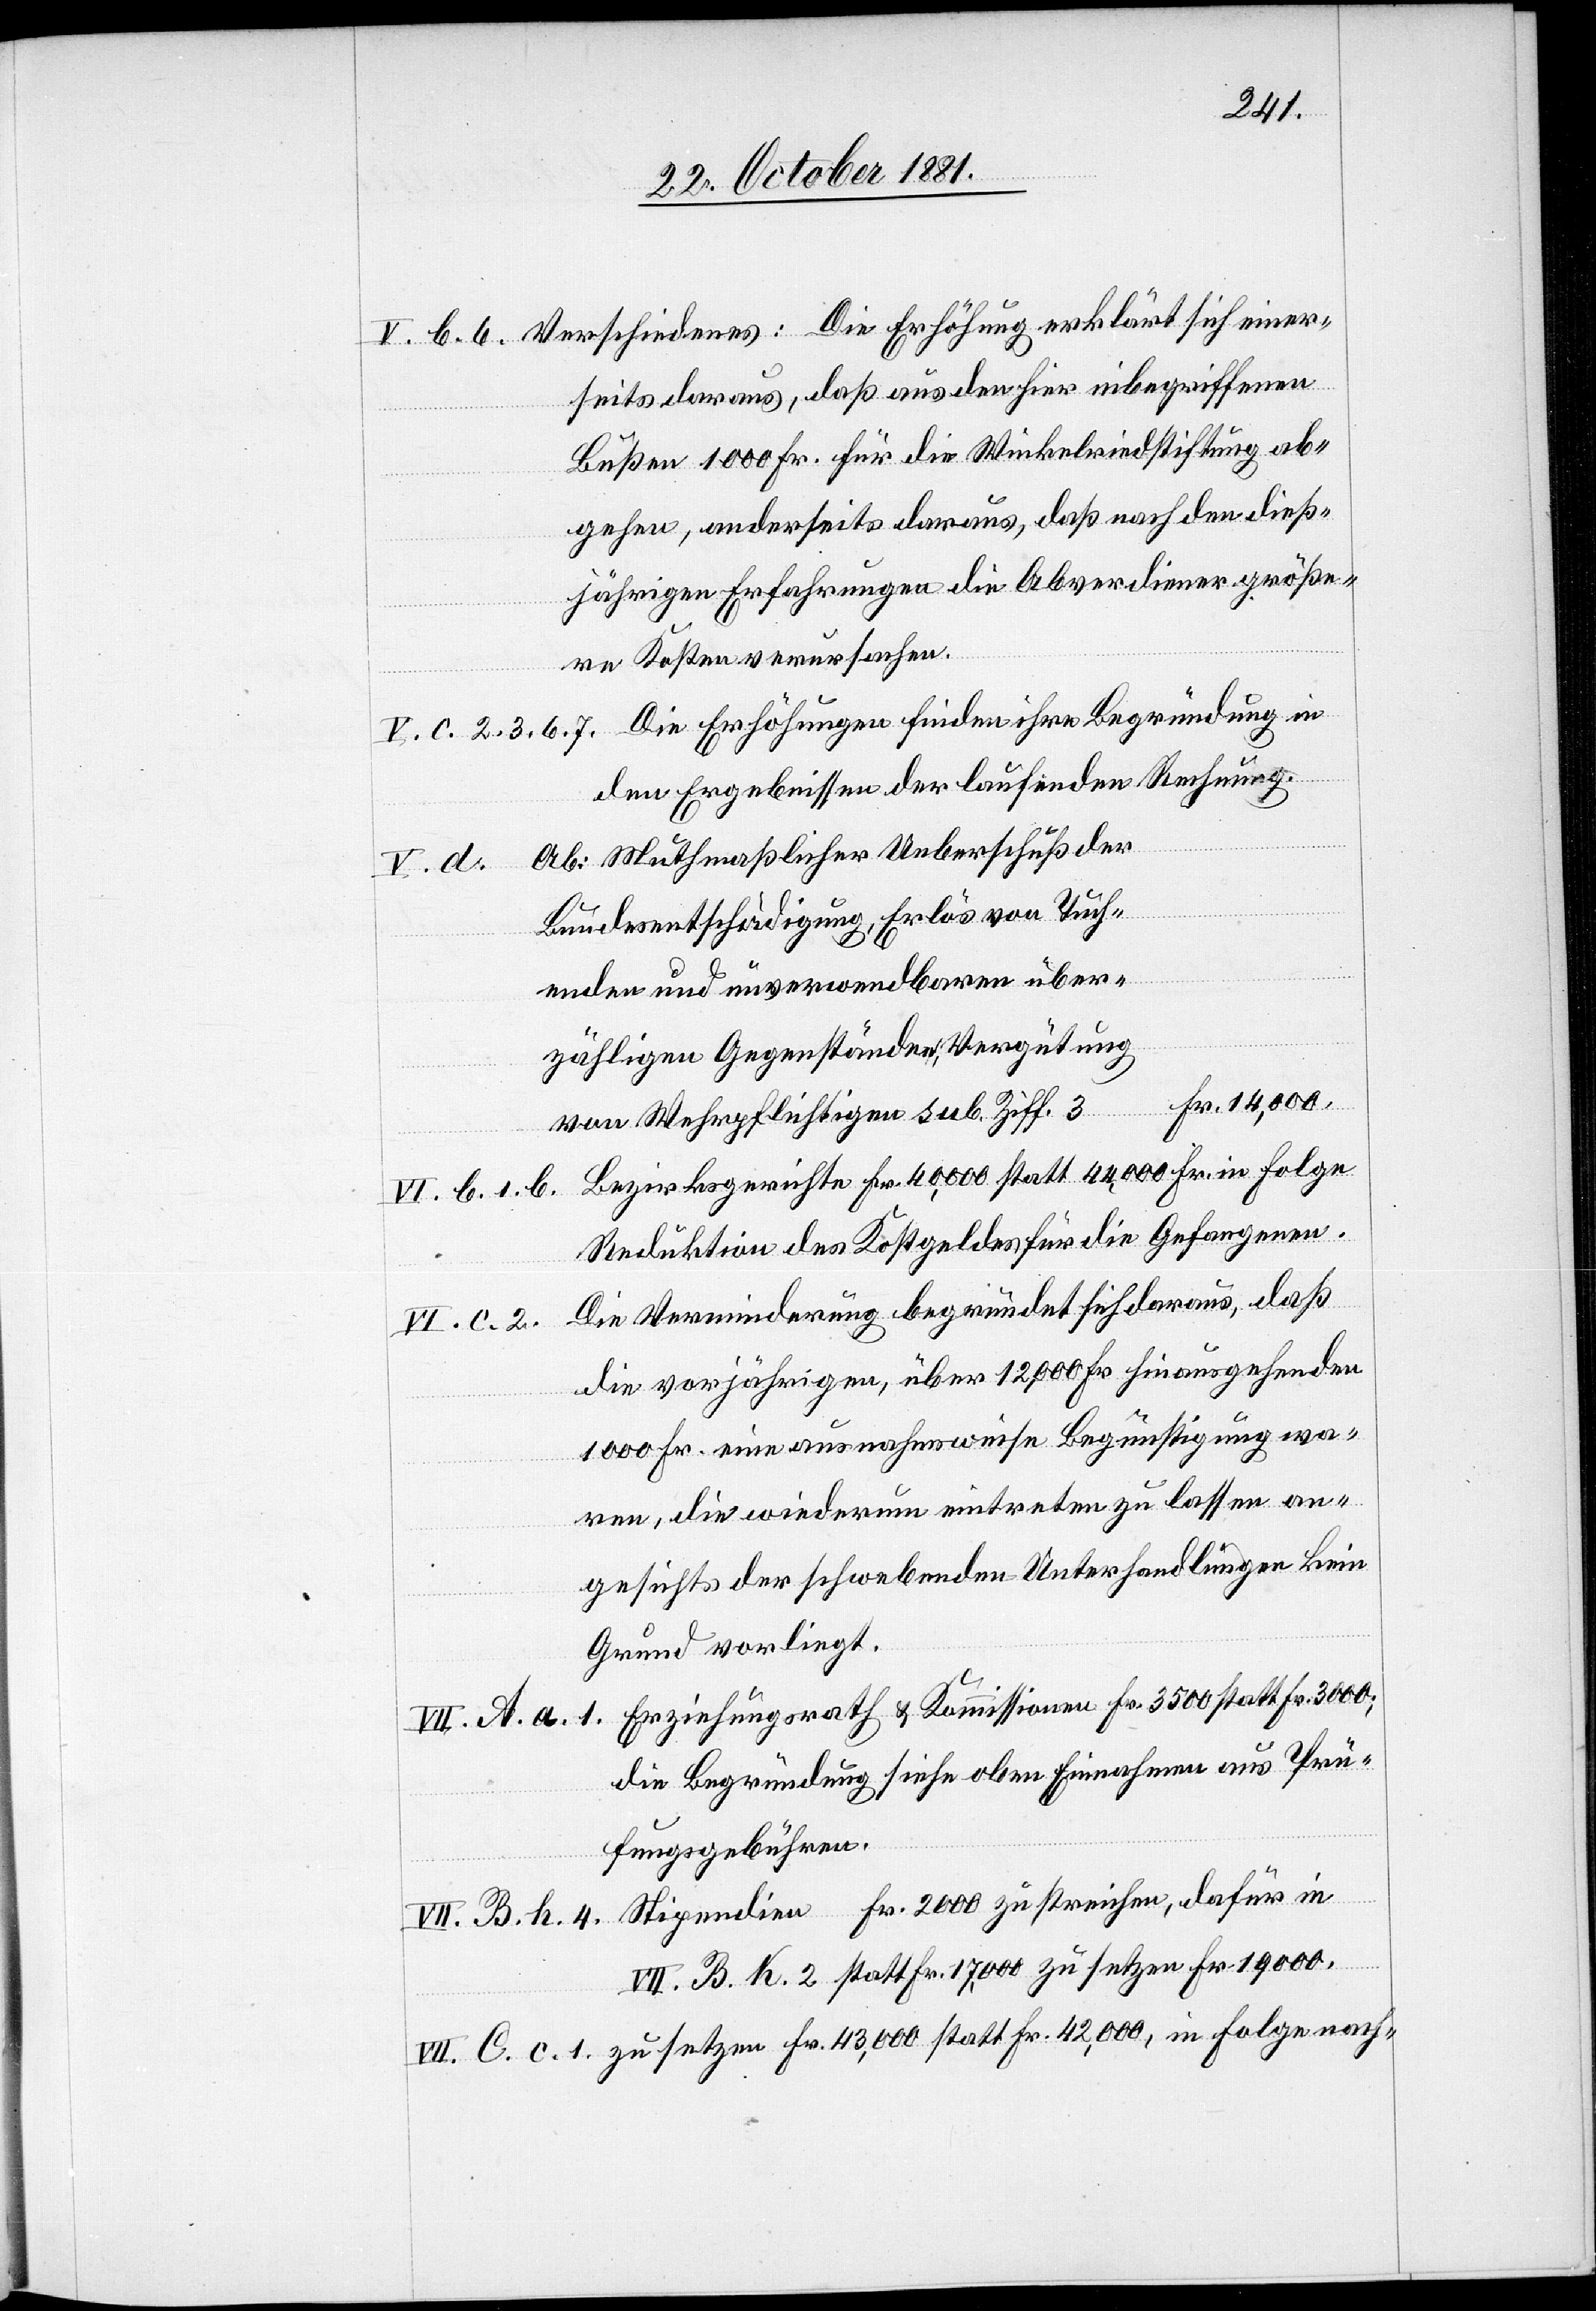
V. b. 6. Verschiedenes: Die Erhöhung erklärt sich einer¬
seits daraus, daß aus den hier inbegriffenen
Bußen 1000 Fr. für die Winkelriedstiftung ab¬
gehen, andererseits daraus, daß nach den dieß¬
jährigen Erfahrungen die Abverdiener größe¬
re Kosten verursachen.
V. c. 2. 3. 6. 7. Die Erhöhungen finden ihre Begründung in
den Ergebnissen der laufenden Rechnung.
Ab: Muthmaßlicher Ueberschuß der
V. d.
Bundesentschädigung, Erlös von Tuch¬
enden und unverwendbaren über¬
zähligen Gegenständen, Vergütung
Fr. 14,000.
von Wehrpflichtigen sub. Ziff. 3
Bezirksgerichte Fr. 40,000 statt 44,000 Fr. in Folge
VI. b. 1. b.
Reduktion des Kostgeldes für die Gefangenen.
Die Verminderung begründet sich daraus, daß
VI. c. 2.
die vorjährigen, über 12,000 Fr. hinausgehenden
1000 Fr. eine ausnahmsweise Begünstigung wa¬
ren, die wiederum eintreten zu lassen an¬
gesichts der schwebenden Unterhandlungen kein
Grund vorliegt.
VII. A. a. 1. Erziehungsrath & Kommissionen Fr. 3500 statt Fr. 3600;
die Begründung siehe oben Einnahmen aus Prü¬
fungsgebühren.
VII. B. h. 4. Stipendien Fr. 2000 zu streichen, dafür in
VII. B. h. 2 statt Fr. 17,000 zu setzen Fr. 19 000.
VII. C. c. 1. zu setzen Fr. 43,000 statt Fr. 42,000, in Folge nach-